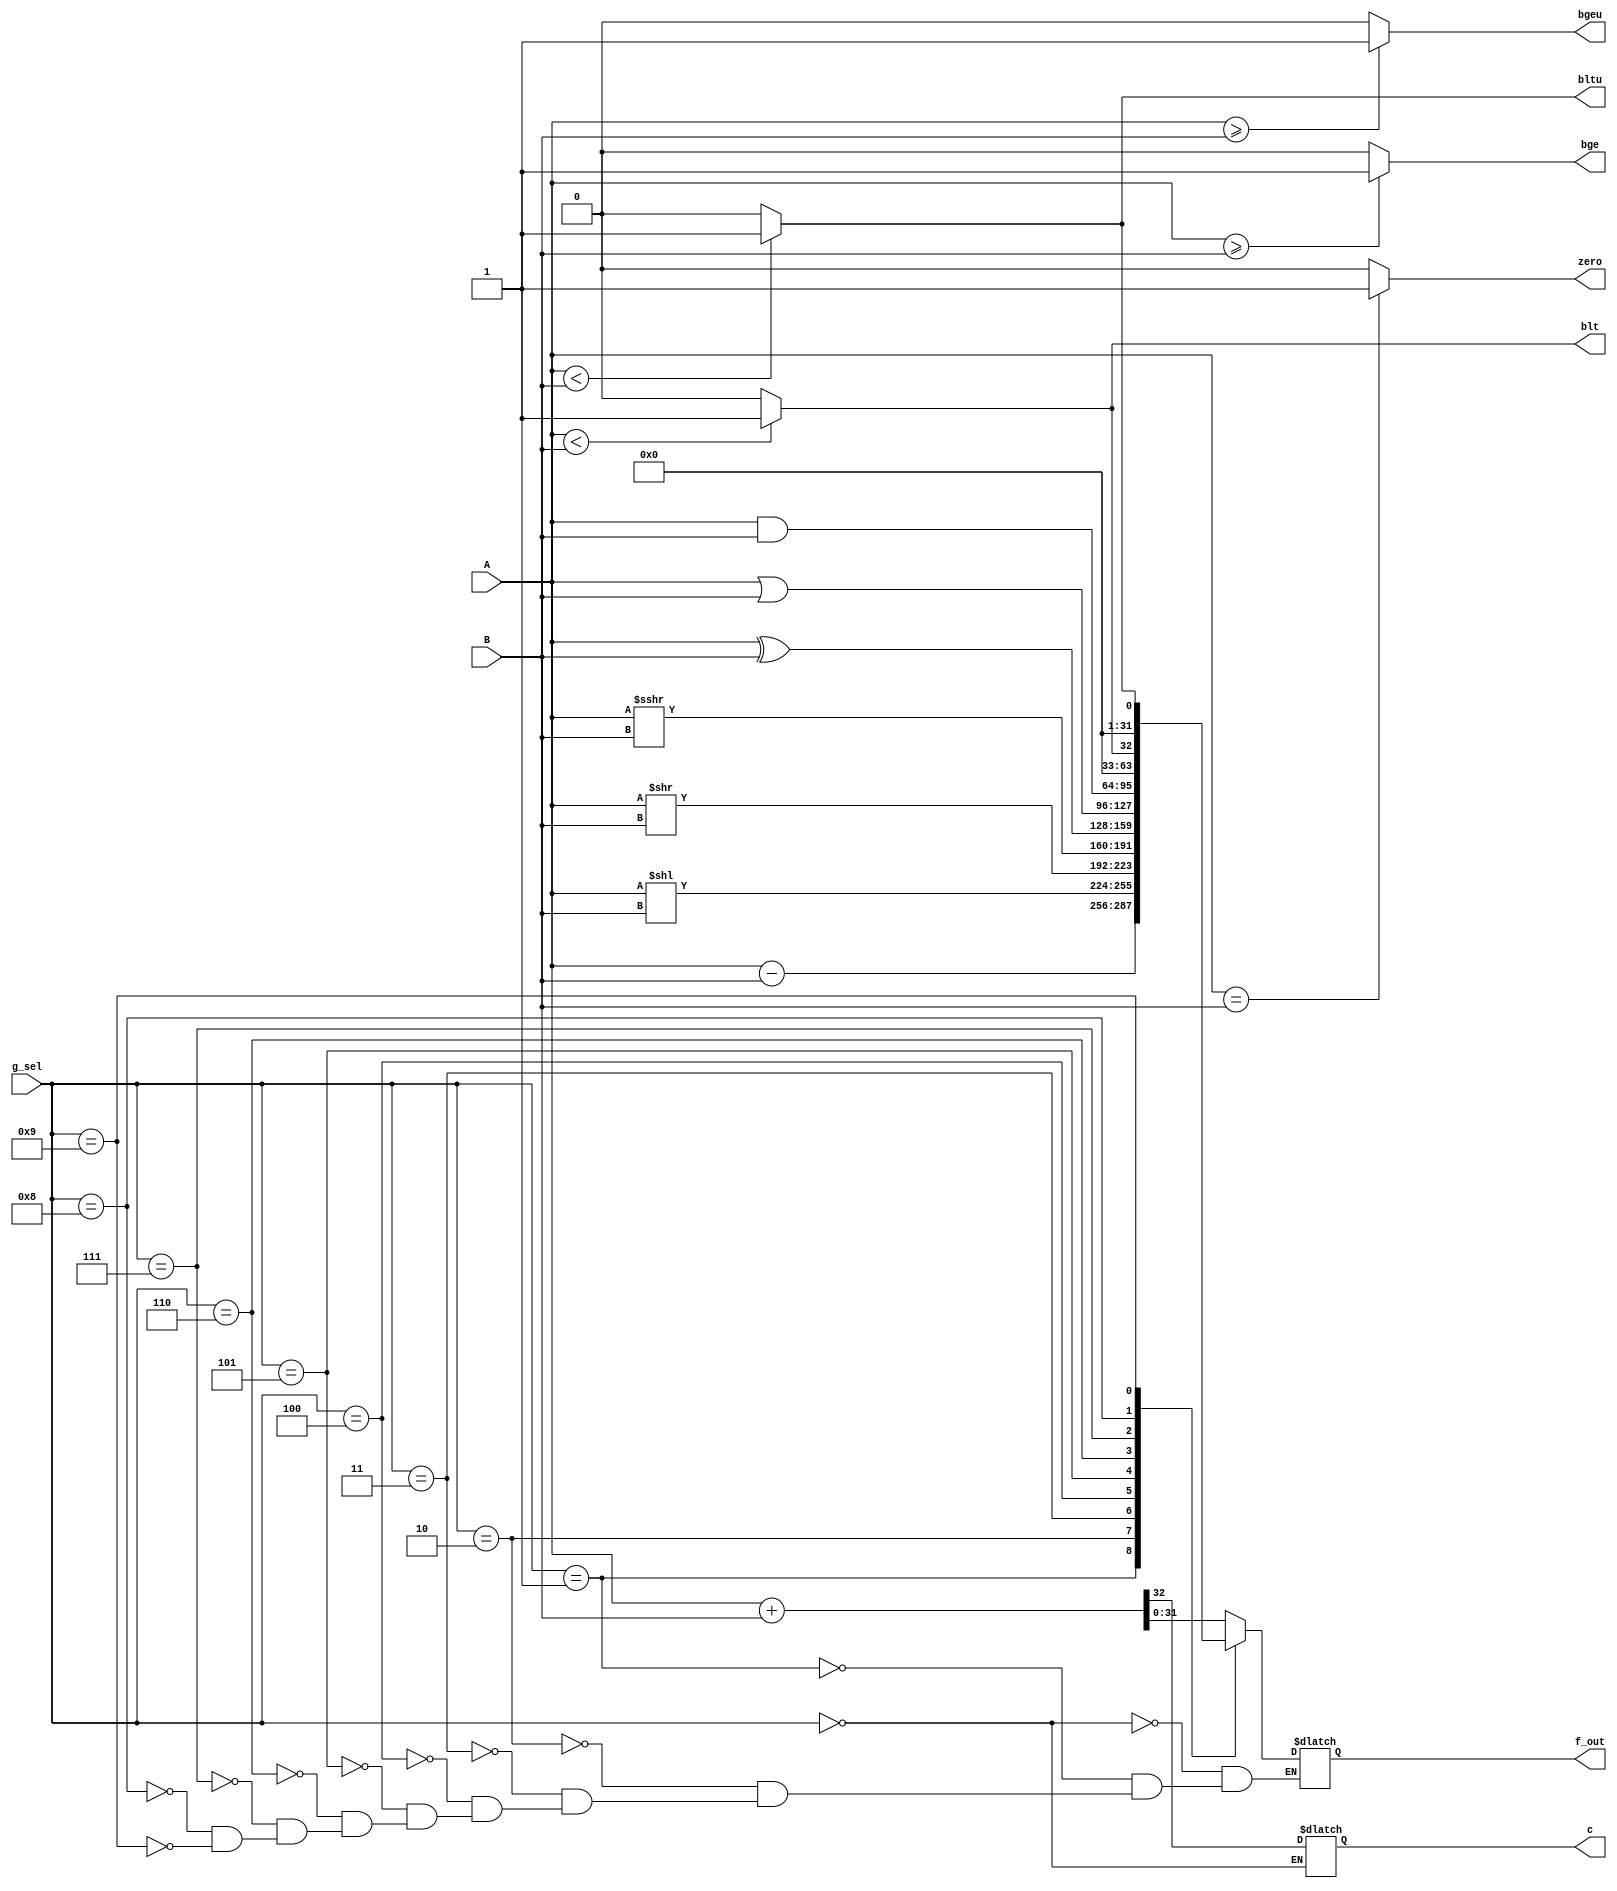
`timescale 1ns / 1ps

module alu(A,B,g_sel,zero,blt,bge,bltu,bgeu,c,f_out);

input [31:0] A,B;
input [3:0] g_sel;
output zero,blt,bge,bltu,bgeu; // branch bayraklari !zero=bne
output reg c;
output reg [31:0] f_out=0;

parameter ADD = 4'b0000;
parameter SUB = 4'b0001;

parameter SLL = 4'b0010;
parameter SRL = 4'b0011;
parameter SRA = 4'b0100;

parameter XOR = 4'b0101;
parameter OR =  4'b0110;
parameter AND = 4'b0111;
parameter SLT = 4'b1000; 
parameter SLTU= 4'b1001;


wire [31:0] slt_out,sltu_out;
reg carry;
assign slt_out = $signed(A)<$signed(B) ? 1:0;
assign sltu_out = $unsigned(A)<$unsigned(B) ? 1:0;

always @* begin
    case(g_sel)
        ADD: {c,f_out} = $signed(A)+$signed(B);
        SUB: f_out= $signed(A)-$signed(B);
        SLL: f_out= $unsigned(A)<<$unsigned(B);
        SRL: f_out= A>>B;
        SRA: f_out= A>>>B;
        XOR: f_out= A^B;
        OR: f_out=A|B;
        AND: f_out= A&B;
        SLT: f_out=slt_out;
        SLTU: f_out=sltu_out;
        
    endcase

end


assign zero = (A==B) ? 1:0; 
assign blt = ($signed(A)<$signed(B))? 1:0;
assign bge= ($signed(A)>=$signed(B))? 1:0;
assign bltu=($unsigned(A)<$unsigned(B))? 1:0;
assign bgeu=($unsigned(A)>=$unsigned(B))? 1:0;





endmodule